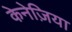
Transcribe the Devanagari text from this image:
केनेज़िया